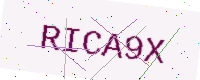
Text: RICA9X